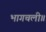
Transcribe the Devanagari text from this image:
भागचली॥